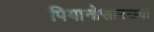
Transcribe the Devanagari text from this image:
पियानोसारख्या